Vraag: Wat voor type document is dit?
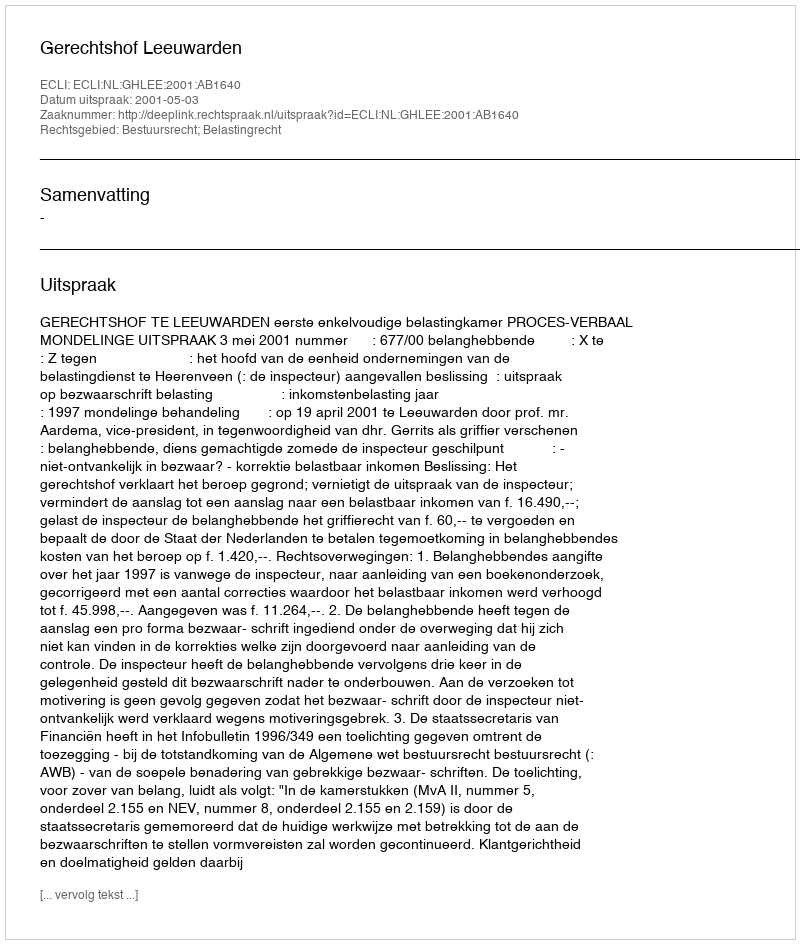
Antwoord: Uitspraak